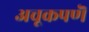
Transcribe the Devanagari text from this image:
अचूकपणॆ